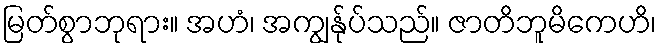
မြတ်စွာဘုရား။ အဟံ၊ အကျွန်ုပ်သည်။ ဇာတိဘူမိကေဟိ၊